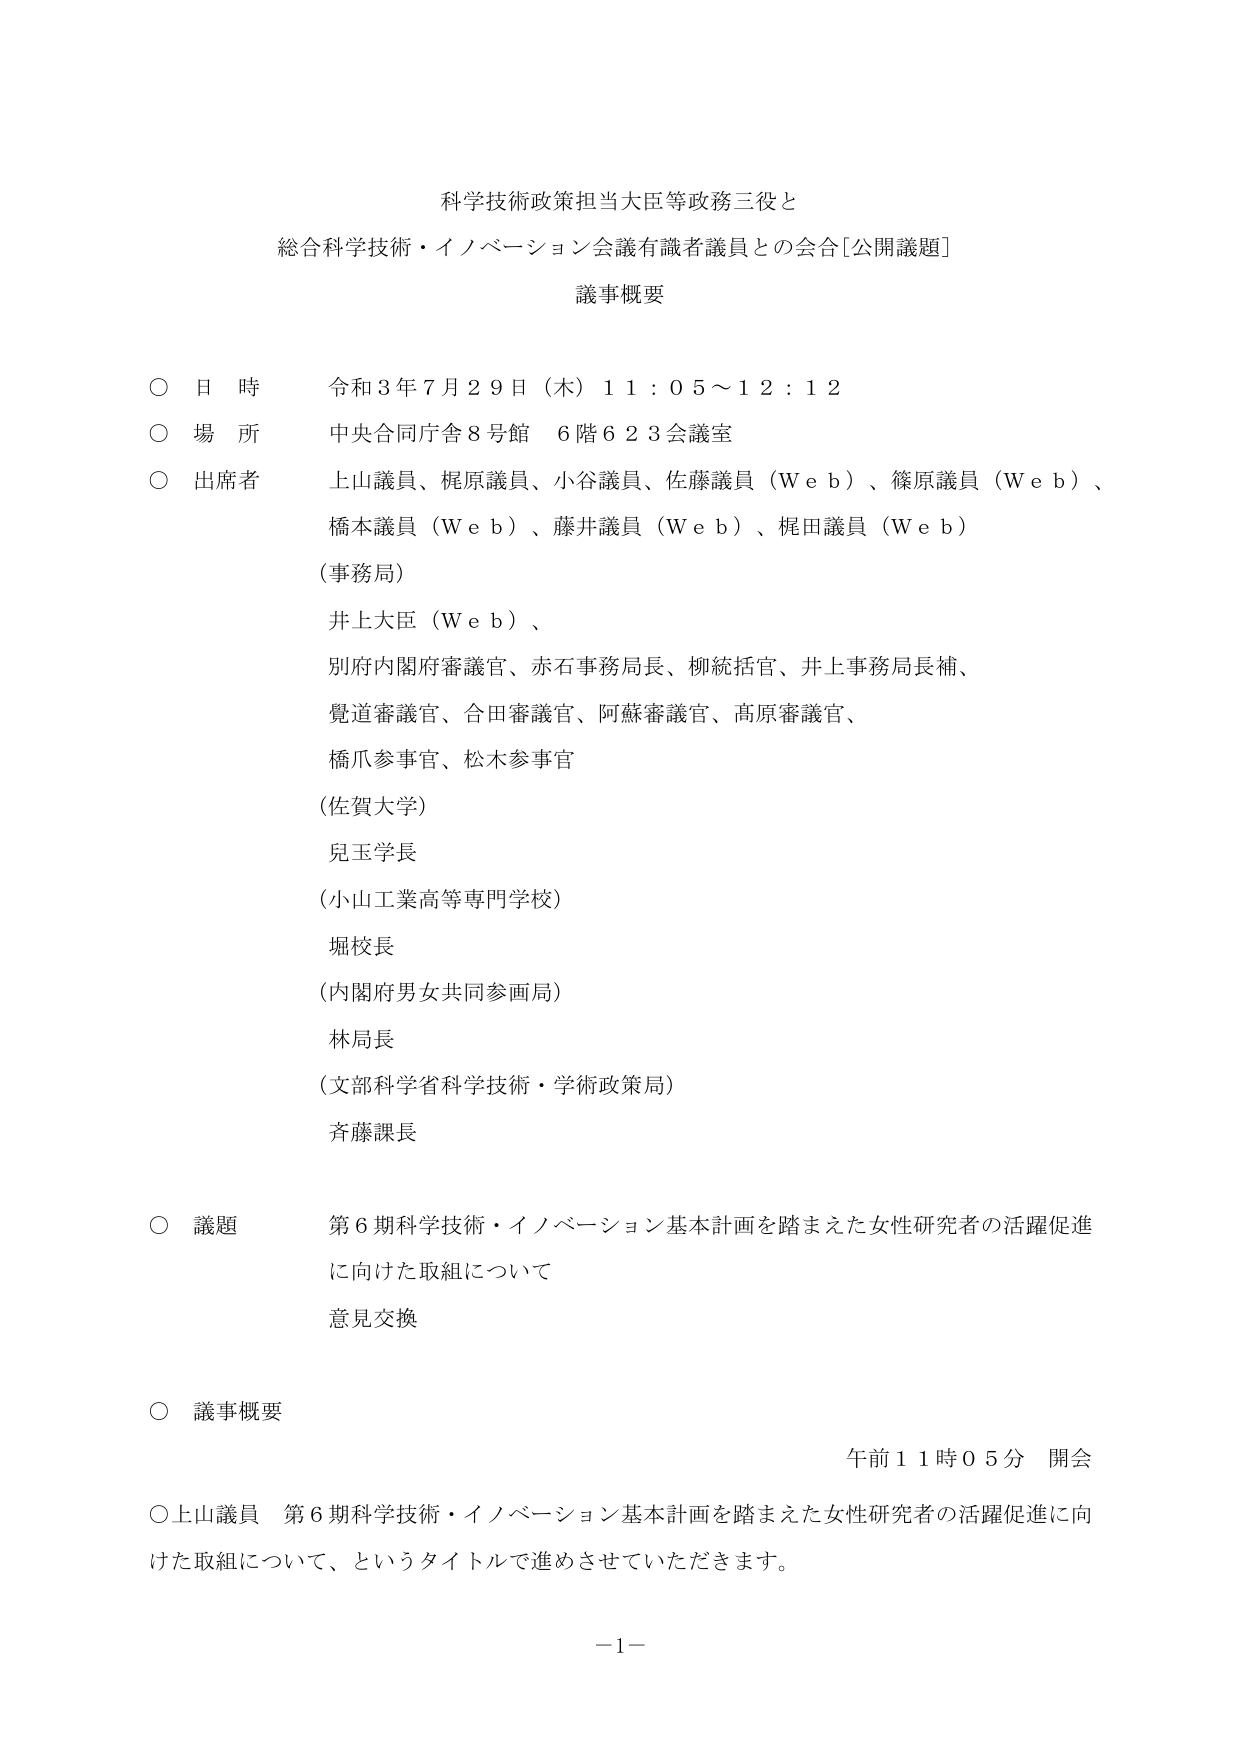
科学技術政策担当大臣等政務三役と
総合科学技術・イノベーション会議有識者議員との会合[公開議題]
議事概要

○ 日 時 令和３年７月２９日（木）１１：０５～１２：１２
○ 場 所 中央合同庁舎８号館 ６階６２３会議室
○ 出席者 上山議員、梶原議員、小谷議員、佐藤議員（Ｗｅｂ）、篠原議員（Ｗｅｂ）、
橋本議員（Ｗｅｂ）、藤井議員（Ｗｅｂ）、梶田議員（Ｗｅｂ）
（事務局）
井上大臣（Ｗｅｂ）、
別府内閣府審議官、赤石事務局長、柳統括官、井上事務局長補、
覺道審議官、合田審議官、阿蘇審議官、高原審議官、
橋爪参事官、松木参事官
（佐賀大学）
児玉学長
（小山工業高等専門学校）
堀校長
（内閣府男女共同参画局）
林局長
（文部科学省科学技術・学術政策局）
斉藤課長

○ 議題 第６期科学技術・イノベーション基本計画を踏まえた女性研究者の活躍促進
に向けた取組について
意見交換

○ 議事概要
午前１１時０５分 開会
○上山議員 第６期科学技術・イノベーション基本計画を踏まえた女性研究者の活躍促進に向けた取組について、というタイトルで進めさせていただきます。

－１－